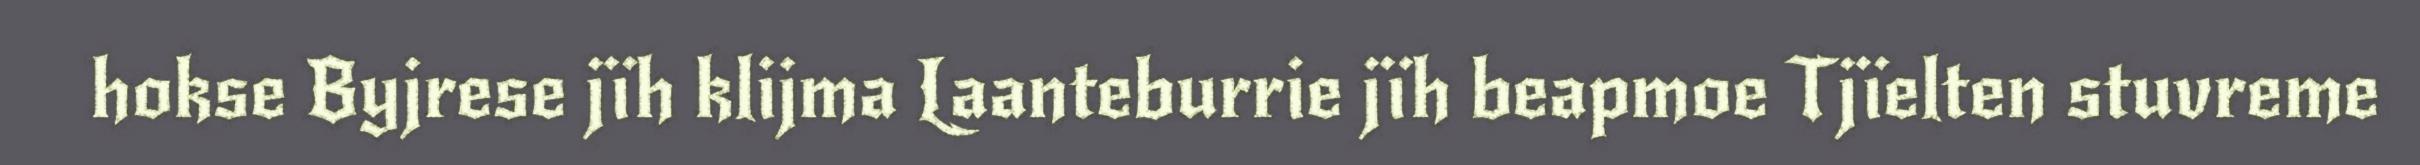
hokse Byjrese jïh klijma Laanteburrie jïh beapmoe Tjïelten stuvreme